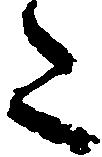
た